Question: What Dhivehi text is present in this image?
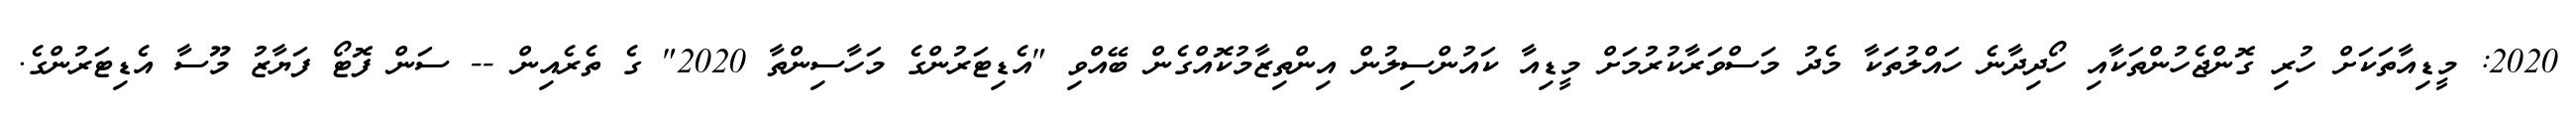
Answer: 2020: މީޑިއާތަކަށް ހުރި ގޮންޖެހުންތަކާއި ހޯދިދާނެ ހައްލުތަކާ މެދު މަސްވަރާކުރުމަށް މީޑިއާ ކައުންސިލުން އިންތިޒާމުކޮއްގެން ބޭއްވި "އެޑިޓަރުންގެ މަހާސިންތާ 2020" ގެ ތެރެއިން -- ސަން ފޮޓޯ ފަޔާޒު މޫސާ އެޑިޓަރުންގެ.